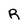
Character: R